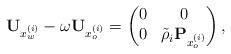
LaTeX: \begin{align*}\mathbf{U}_{x_w^{(i)}} -\omega \mathbf{U}_{x_o^{(i)}}=\begin{pmatrix}0 & 0 \\0 & \tilde{\rho}_i \mathbf{P}_{x_o^{(i)}} \end{pmatrix},\end{align*}